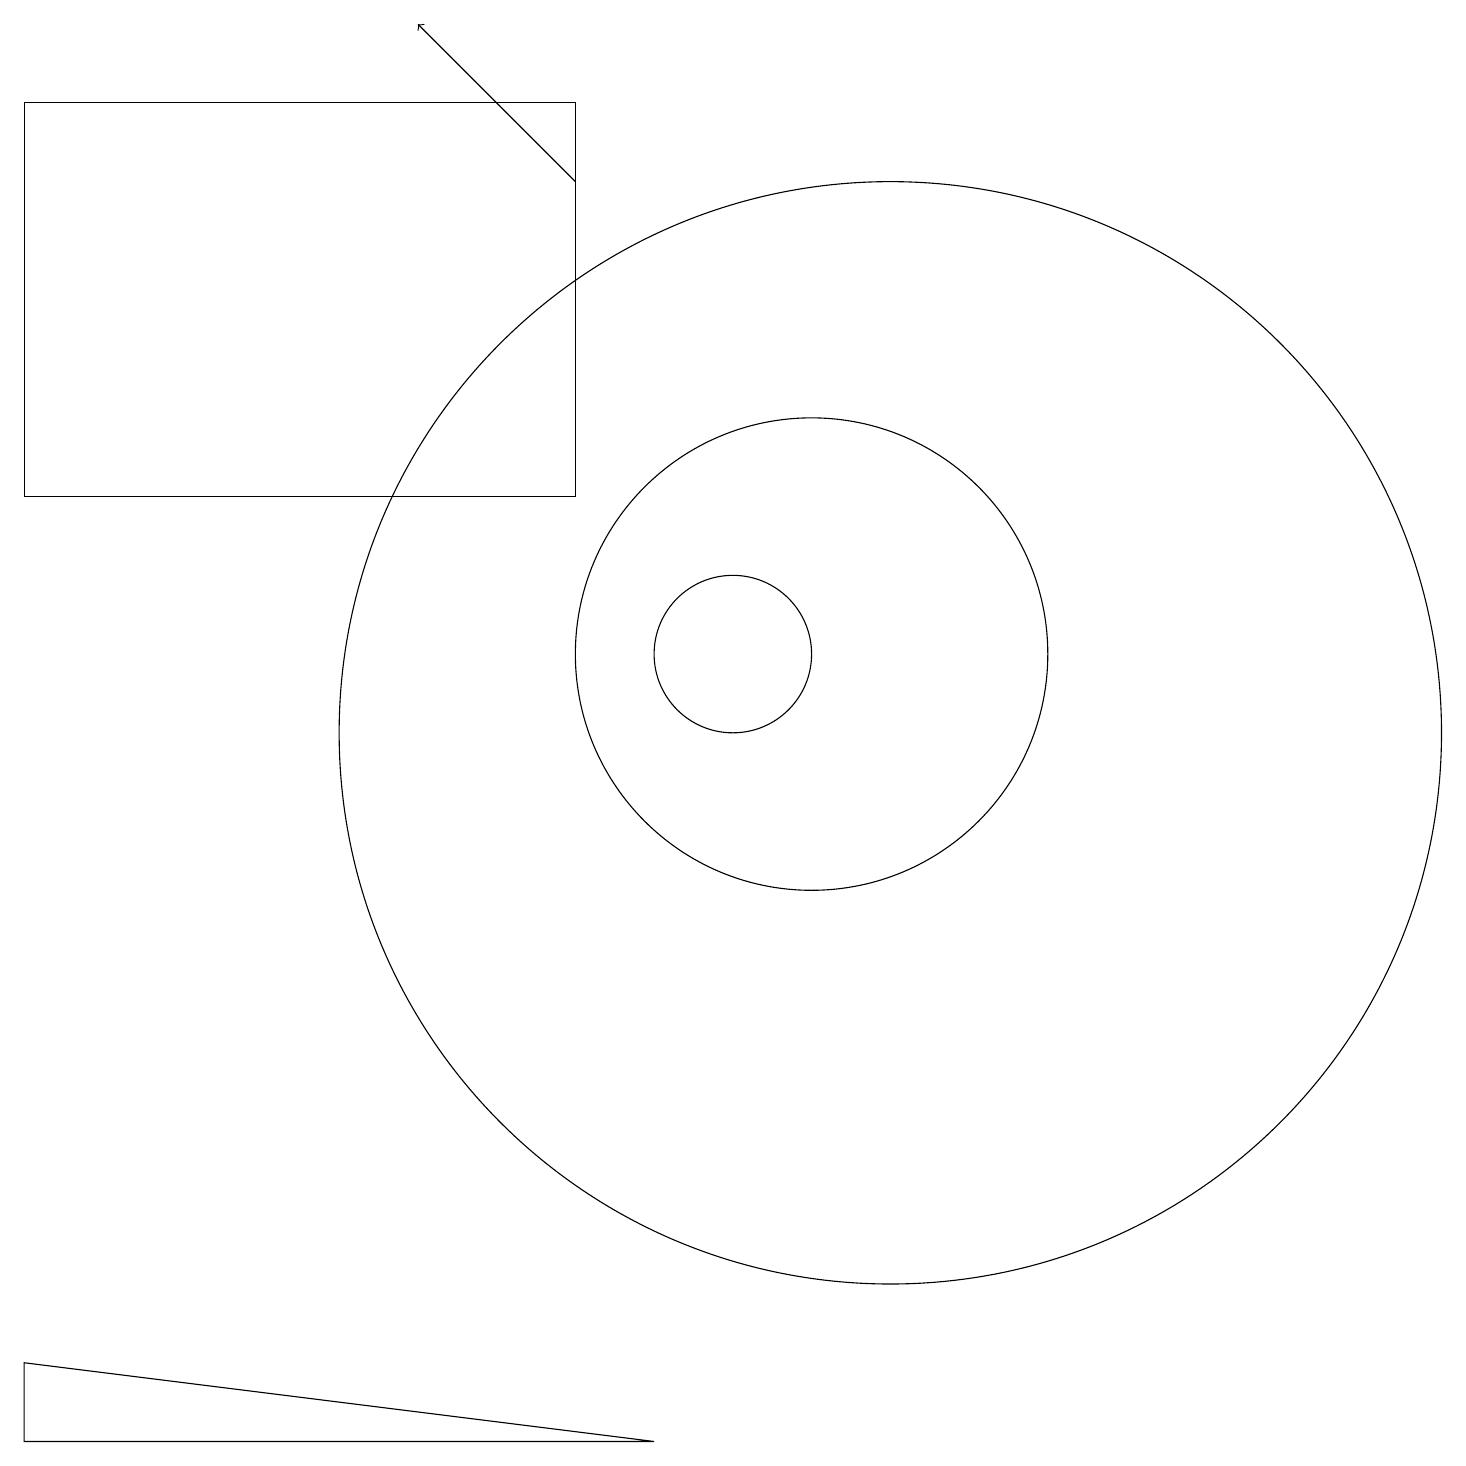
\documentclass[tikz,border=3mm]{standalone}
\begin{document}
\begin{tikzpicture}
\draw (1,2) -- (9,1) -- (1,1) -- cycle;
\draw (12,10) circle (7);
\draw[->] (8,17) -- (6,19);
\draw (11,11) circle (3);
\draw (10,11) circle (1);
\draw (8,13) rectangle (1,18);
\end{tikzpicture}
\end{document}